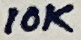
Text: 10K